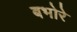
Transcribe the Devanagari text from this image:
बभोरे